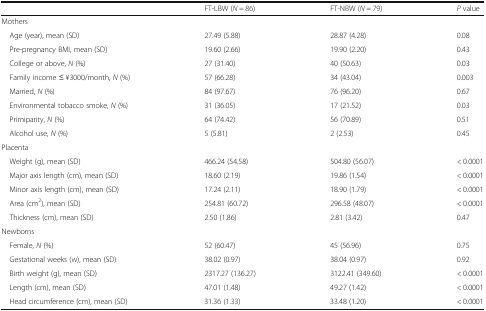
<table><thead><tr><td></td><td><b>FT-LBW (<i>N</i> = 86)</b></td><td><b>FT-NBW (<i>N</i> = 79)</b></td><td><b><i>P</i> value</b></td></tr></thead><tbody><tr><td colspan="4">Mothers</td></tr><tr><td> Age (year), mean (SD)</td><td>27.49 (5.88)</td><td>28.87 (4.28)</td><td>0.08</td></tr><tr><td> Pre-pregnancy BMI, mean (SD)</td><td>19.60 (2.66)</td><td>19.90 (2.20)</td><td>0.43</td></tr><tr><td> College or above, <i>N</i> (%)</td><td>27 (31.40)</td><td>40 (50.63)</td><td>0.03</td></tr><tr><td> Family income ≤ ¥3000/month, <i>N</i> (%)</td><td>57 (66.28)</td><td>34 (43.04)</td><td>0.003</td></tr><tr><td> Married, <i>N</i> (%)</td><td>84 (97.67)</td><td>76 (96.20)</td><td>0.67</td></tr><tr><td> Environmental tobacco smoke, <i>N</i> (%)</td><td>31 (36.05)</td><td>17 (21.52)</td><td>0.03</td></tr><tr><td> Primiparity, <i>N</i> (%)</td><td>64 (74.42)</td><td>56 (70.89)</td><td>0.51</td></tr><tr><td> Alcohol use, <i>N</i> (%)</td><td>5 (5.81)</td><td>2 (2.53)</td><td>0.45</td></tr><tr><td colspan="4">Placenta</td></tr><tr><td> Weight (g), mean (SD)</td><td>466.24 (54.58)</td><td>504.80 (56.07)</td><td>&lt; 0.0001</td></tr><tr><td> Major axis length (cm), mean (SD)</td><td>18.60 (2.19)</td><td>19.86 (1.54)</td><td>&lt; 0.0001</td></tr><tr><td> Minor axis length (cm), mean (SD)</td><td>17.24 (2.11)</td><td>18.90 (1.79)</td><td>&lt; 0.0001</td></tr><tr><td> Area (cm<sup>2</sup>), mean (SD)</td><td>254.81 (60.72)</td><td>296.58 (48.07)</td><td>&lt; 0.0001</td></tr><tr><td> Thickness (cm), mean (SD)</td><td>2.50 (1.86)</td><td>2.81 (3.42)</td><td>0.47</td></tr><tr><td colspan="4">Newborns</td></tr><tr><td> Female, <i>N</i> (%)</td><td>52 (60.47)</td><td>45 (56.96)</td><td>0.75</td></tr><tr><td> Gestational weeks (w), mean (SD)</td><td>38.02 (0.97)</td><td>38.04 (0.97)</td><td>0.92</td></tr><tr><td> Birth weight (g), mean (SD)</td><td>2317.27 (136.27)</td><td>3122.41 (349.60)</td><td>&lt; 0.0001</td></tr><tr><td> Length (cm), mean (SD)</td><td>47.01 (1.48)</td><td>49.27 (1.42)</td><td>&lt; 0.0001</td></tr><tr><td> Head circumference (cm), mean (SD)</td><td>31.36 (1.33)</td><td>33.48 (1.20)</td><td>&lt; 0.0001</td></tr></tbody></table>